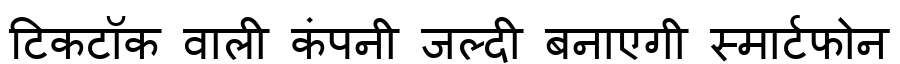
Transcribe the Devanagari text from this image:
टिकटॉक वाली कंपनी जल्दी बनाएगी स्मार्टफोन